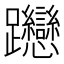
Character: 𨈌